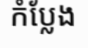
កំប្លែង